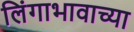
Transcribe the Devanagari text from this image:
लिंगाभावाच्या